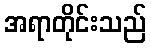
အရာတိုင်းသည်